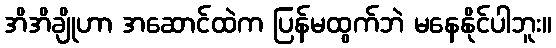
အိအိချိုဟာ အဆောင်ထဲက ပြန်မထွက်ဘဲ မနေနိုင်ပါဘူး။